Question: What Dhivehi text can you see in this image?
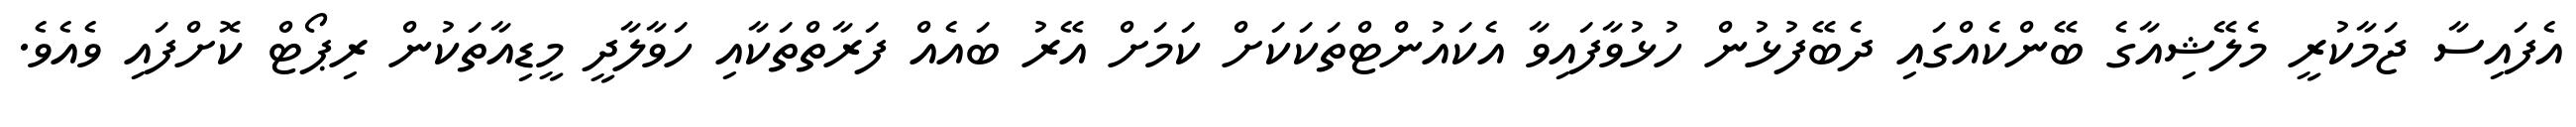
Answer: އެފައިސާ ޖަމާކުރީ މެލޭޝިއާގެ ބޭންކެއްގައި ދެބޭފުޅުން ހުޅުވާފައިވާ އެކައުންޓްތަކަކަށް ކަމަށް އޭރު ބައެއް ފަރާތްތަކާއި ހަވާލާދީ މީޑިއާތަކުން ރިޕޯޓް ކޮށްފައި ވެއެވެ.